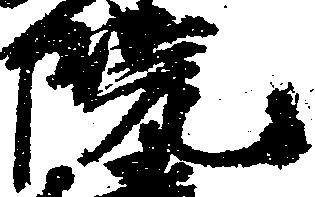
院